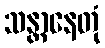
သန္တာနေတုံ